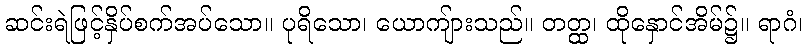
ဆင်းရဲဖြင့်နှိပ်စက်အပ်သော။ ပုရိသော၊ ယောကျ်ားသည်။ တတ္ထ၊ ထိုနှောင်အိမ်၌။ ရာဂံ၊